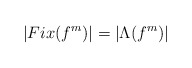
\begin{align*}\left|Fix(f^m)\right|=\left|\Lambda(f^m)\right|\end{align*}